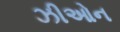
ઝીઓન